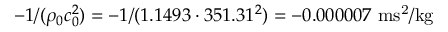
- 1 / ( \rho _ { 0 } c _ { 0 } ^ { 2 } ) = - 1 / ( 1 . 1 4 9 3 \cdot 3 5 1 . 3 1 ^ { 2 } ) = - 0 . 0 0 0 0 0 7 ~ \mathrm { m s ^ { 2 } / k g }